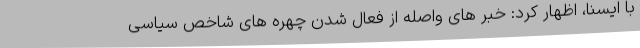
با ایسنا، اظهار کرد: خبر های واصله از فعال شدن چهره های شاخص سیاسی